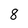
Character: 8